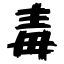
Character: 毒